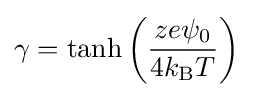
\gamma =\tanh \left({\frac {ze\psi _{0}}{4k_{\text{B}}T}}\right)